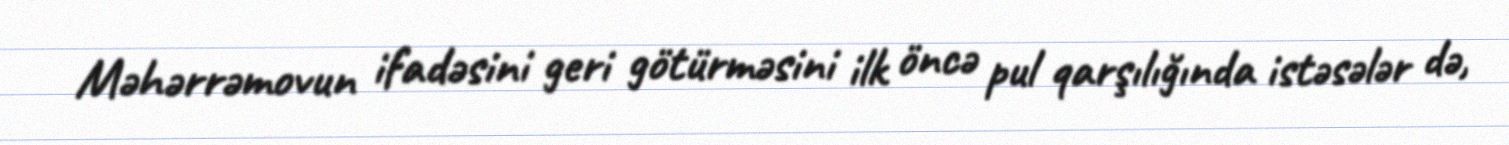
Məhərrəmovun ifadəsini geri götürməsini ilk öncə pul qarşılığında istəsələr də,